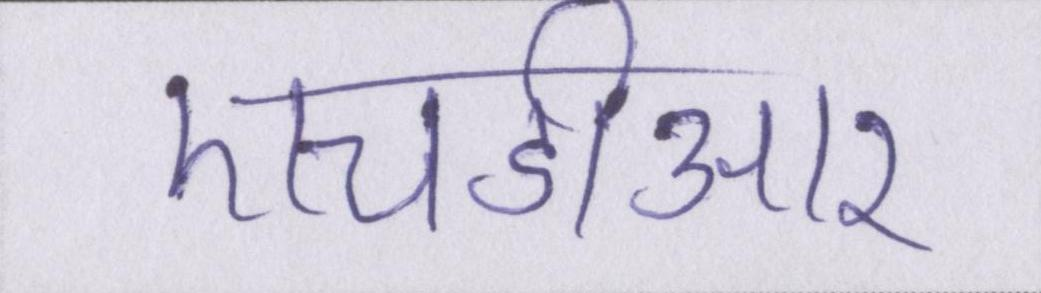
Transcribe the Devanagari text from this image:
एचडीआर